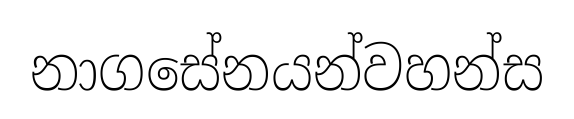
නාගසේනයන්වහන්ස